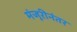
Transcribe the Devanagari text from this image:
मंजूरीनंतर